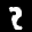
Label: 2